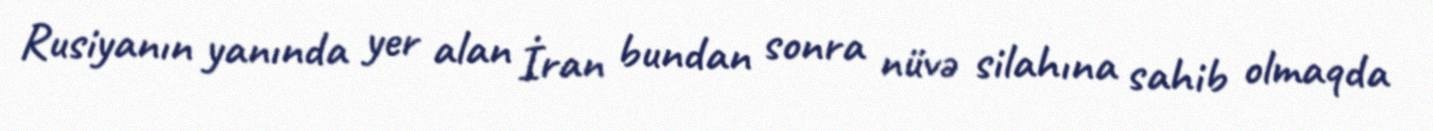
Rusiyanın yanında yer alan İran bundan sonra nüvə silahına sahib olmaqda